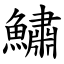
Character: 鱐